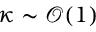
\kappa \sim { \mathcal O } ( 1 )